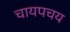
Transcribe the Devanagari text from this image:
चायपचय